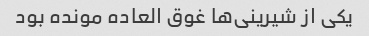
یکی از شیرینی‌ها غوق العاده مونده بود